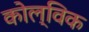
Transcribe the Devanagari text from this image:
कोल्विक